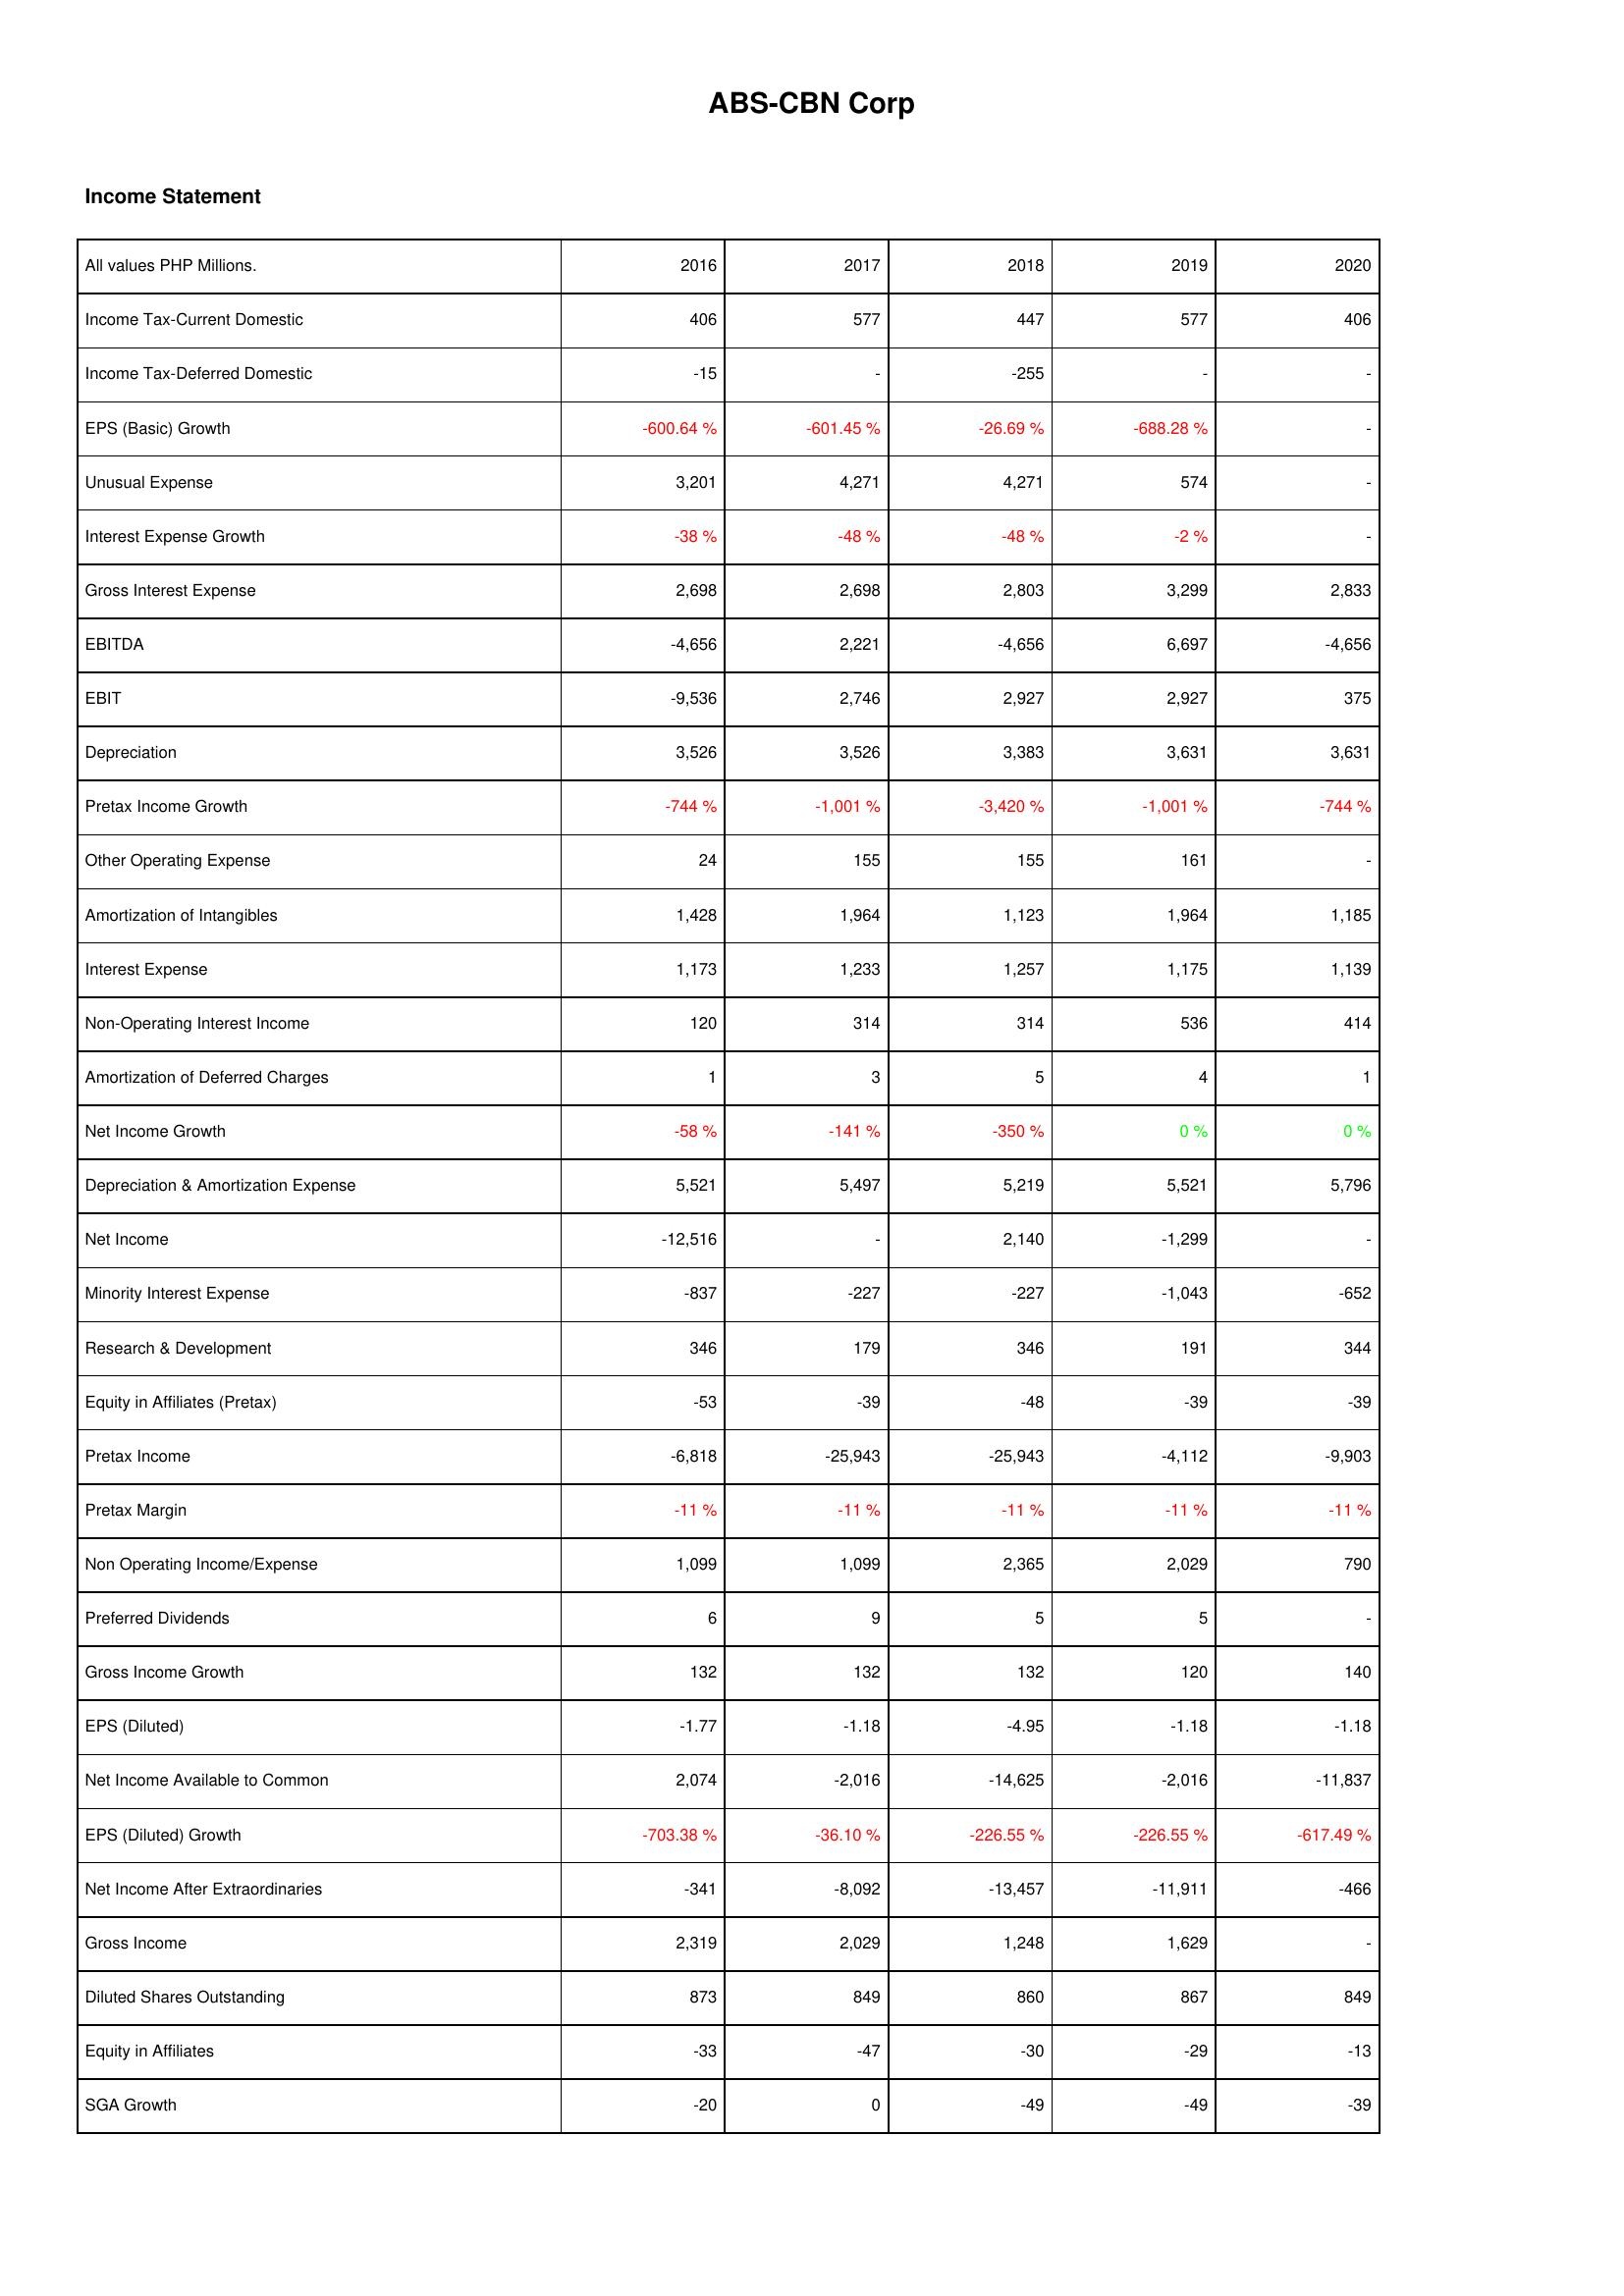
2016: Income Statement: Income Tax-Current Domestic: 406
Income Tax-Deferred Domestic: -15
EPS (Basic) Growth: -600.64 %
Unusual Expense: 3,201
Interest Expense Growth: -38 %
Gross Interest Expense: 2,698
EBITDA: -4,656
EBIT: -9,536
Depreciation: 3,526
Pretax Income Growth: -744 %
Other Operating Expense: 24
Amortization of Intangibles: 1,428
Interest Expense: 1,173
Non-Operating Interest Income: 120
Amortization of Deferred Charges: 1
Net Income Growth: -58 %
Depreciation & Amortization Expense: 5,521
Net Income: -12,516
Minority Interest Expense: -837
Research & Development: 346
Equity in Affiliates (Pretax): -53
Pretax Income: -6,818
Pretax Margin: -11 %
Non Operating Income/Expense: 1,099
Preferred Dividends: 6
Gross Income Growth: 132
EPS (Diluted): -1.77
Net Income Available to Common: 2,074
EPS (Diluted) Growth: -703.38 %
Net Income After Extraordinaries: -341
Gross Income: 2,319
Diluted Shares Outstanding: 873
Equity in Affiliates: -33
SGA Growth: -20
2017: Income Statement: Income Tax-Current Domestic: 577
Income Tax-Deferred Domestic: -
EPS (Basic) Growth: -601.45 %
Unusual Expense: 4,271
Interest Expense Growth: -48 %
Gross Interest Expense: 2,698
EBITDA: 2,221
EBIT: 2,746
Depreciation: 3,526
Pretax Income Growth: -1,001 %
Other Operating Expense: 155
Amortization of Intangibles: 1,964
Interest Expense: 1,233
Non-Operating Interest Income: 314
Amortization of Deferred Charges: 3
Net Income Growth: -141 %
Depreciation & Amortization Expense: 5,497
Net Income: -
Minority Interest Expense: -227
Research & Development: 179
Equity in Affiliates (Pretax): -39
Pretax Income: -25,943
Pretax Margin: -11 %
Non Operating Income/Expense: 1,099
Preferred Dividends: 9
Gross Income Growth: 132
EPS (Diluted): -1.18
Net Income Available to Common: -2,016
EPS (Diluted) Growth: -36.10 %
Net Income After Extraordinaries: -8,092
Gross Income: 2,029
Diluted Shares Outstanding: 849
Equity in Affiliates: -47
SGA Growth: 0
2018: Income Statement: Income Tax-Current Domestic: 447
Income Tax-Deferred Domestic: -255
EPS (Basic) Growth: -26.69 %
Unusual Expense: 4,271
Interest Expense Growth: -48 %
Gross Interest Expense: 2,803
EBITDA: -4,656
EBIT: 2,927
Depreciation: 3,383
Pretax Income Growth: -3,420 %
Other Operating Expense: 155
Amortization of Intangibles: 1,123
Interest Expense: 1,257
Non-Operating Interest Income: 314
Amortization of Deferred Charges: 5
Net Income Growth: -350 %
Depreciation & Amortization Expense: 5,219
Net Income: 2,140
Minority Interest Expense: -227
Research & Development: 346
Equity in Affiliates (Pretax): -48
Pretax Income: -25,943
Pretax Margin: -11 %
Non Operating Income/Expense: 2,365
Preferred Dividends: 5
Gross Income Growth: 132
EPS (Diluted): -4.95
Net Income Available to Common: -14,625
EPS (Diluted) Growth: -226.55 %
Net Income After Extraordinaries: -13,457
Gross Income: 1,248
Diluted Shares Outstanding: 860
Equity in Affiliates: -30
SGA Growth: -49
2019: Income Statement: Income Tax-Current Domestic: 577
Income Tax-Deferred Domestic: -
EPS (Basic) Growth: -688.28 %
Unusual Expense: 574
Interest Expense Growth: -2 %
Gross Interest Expense: 3,299
EBITDA: 6,697
EBIT: 2,927
Depreciation: 3,631
Pretax Income Growth: -1,001 %
Other Operating Expense: 161
Amortization of Intangibles: 1,964
Interest Expense: 1,175
Non-Operating Interest Income: 536
Amortization of Deferred Charges: 4
Net Income Growth: 0 %
Depreciation & Amortization Expense: 5,521
Net Income: -1,299
Minority Interest Expense: -1,043
Research & Development: 191
Equity in Affiliates (Pretax): -39
Pretax Income: -4,112
Pretax Margin: -11 %
Non Operating Income/Expense: 2,029
Preferred Dividends: 5
Gross Income Growth: 120
EPS (Diluted): -1.18
Net Income Available to Common: -2,016
EPS (Diluted) Growth: -226.55 %
Net Income After Extraordinaries: -11,911
Gross Income: 1,629
Diluted Shares Outstanding: 867
Equity in Affiliates: -29
SGA Growth: -49
2020: Income Statement: Income Tax-Current Domestic: 406
Income Tax-Deferred Domestic: -
EPS (Basic) Growth: -
Unusual Expense: -
Interest Expense Growth: -
Gross Interest Expense: 2,833
EBITDA: -4,656
EBIT: 375
Depreciation: 3,631
Pretax Income Growth: -744 %
Other Operating Expense: -
Amortization of Intangibles: 1,185
Interest Expense: 1,139
Non-Operating Interest Income: 414
Amortization of Deferred Charges: 1
Net Income Growth: 0 %
Depreciation & Amortization Expense: 5,796
Net Income: -
Minority Interest Expense: -652
Research & Development: 344
Equity in Affiliates (Pretax): -39
Pretax Income: -9,903
Pretax Margin: -11 %
Non Operating Income/Expense: 790
Preferred Dividends: -
Gross Income Growth: 140
EPS (Diluted): -1.18
Net Income Available to Common: -11,837
EPS (Diluted) Growth: -617.49 %
Net Income After Extraordinaries: -466
Gross Income: -
Diluted Shares Outstanding: 849
Equity in Affiliates: -13
SGA Growth: -39